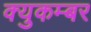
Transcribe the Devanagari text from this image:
क्युकम्बर